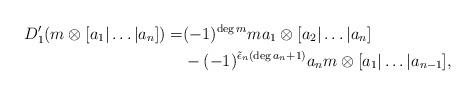
LaTeX: \begin{align*} D_{1}'(m \otimes [a_{1} | \dots | a_{n}]) =& (-1)^{\deg m} m a_{1} \otimes [a_{2} | \dots | a_{n}] \\ &- (-1)^{\tilde{\epsilon}_{n} (\deg a_{n} + 1)} a_{n} m \otimes [a_{1} | \dots | a_{n-1}], \end{align*}